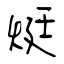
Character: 烶